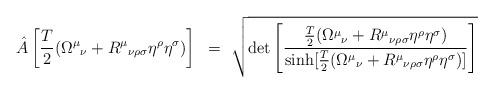
LaTeX: \begin{align*}{\hat A} \left[ {T \over 2} ({\Omega^{\mu}}_{\nu} +{R^{\mu}}_{\nu\rho\sigma}\eta^\rho\eta^\sigma ) \right] ~=~\sqrt{ \det \left[ { \frac{T}{2} ({\Omega^{\mu}}_{\nu} +{R^{\mu}}_{\nu\rho\sigma}\eta^\rho\eta^\sigma) \over\sinh [ \frac{T}{2} ({\Omega^{\mu}}_{\nu} +{R^{\mu}}_{\nu\rho\sigma}\eta^\rho\eta^\sigma) ] } \right] }\end{align*}